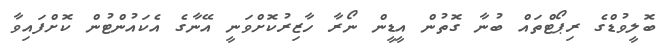
ބޮލީވުޑްގެ ރިޕޯޓްތައް ބުނާ ގޮތުން އީޑީން ނޯރާ ހާޒިރުކޮށްވަނީ އޭނާގެ އެކައުންޓުން ކޮށްފައިވާ